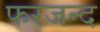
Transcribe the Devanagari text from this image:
फरजन्द